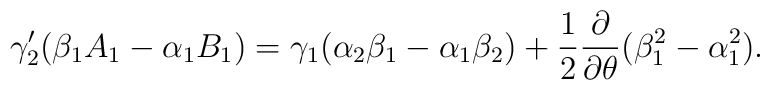
\gamma_2^\prime (\beta_1 A_1-\alpha_1 B_1)=\gamma_1(\alpha_2\beta_1-\alpha_1\beta_2)+\frac{1}{2}\frac{\partial}{\partial\theta}( \beta_1^2-\alpha_1^2).